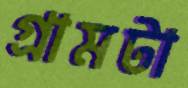
গ্রামটা